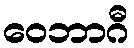
ဝေဘာဂီ